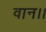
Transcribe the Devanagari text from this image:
वान।।